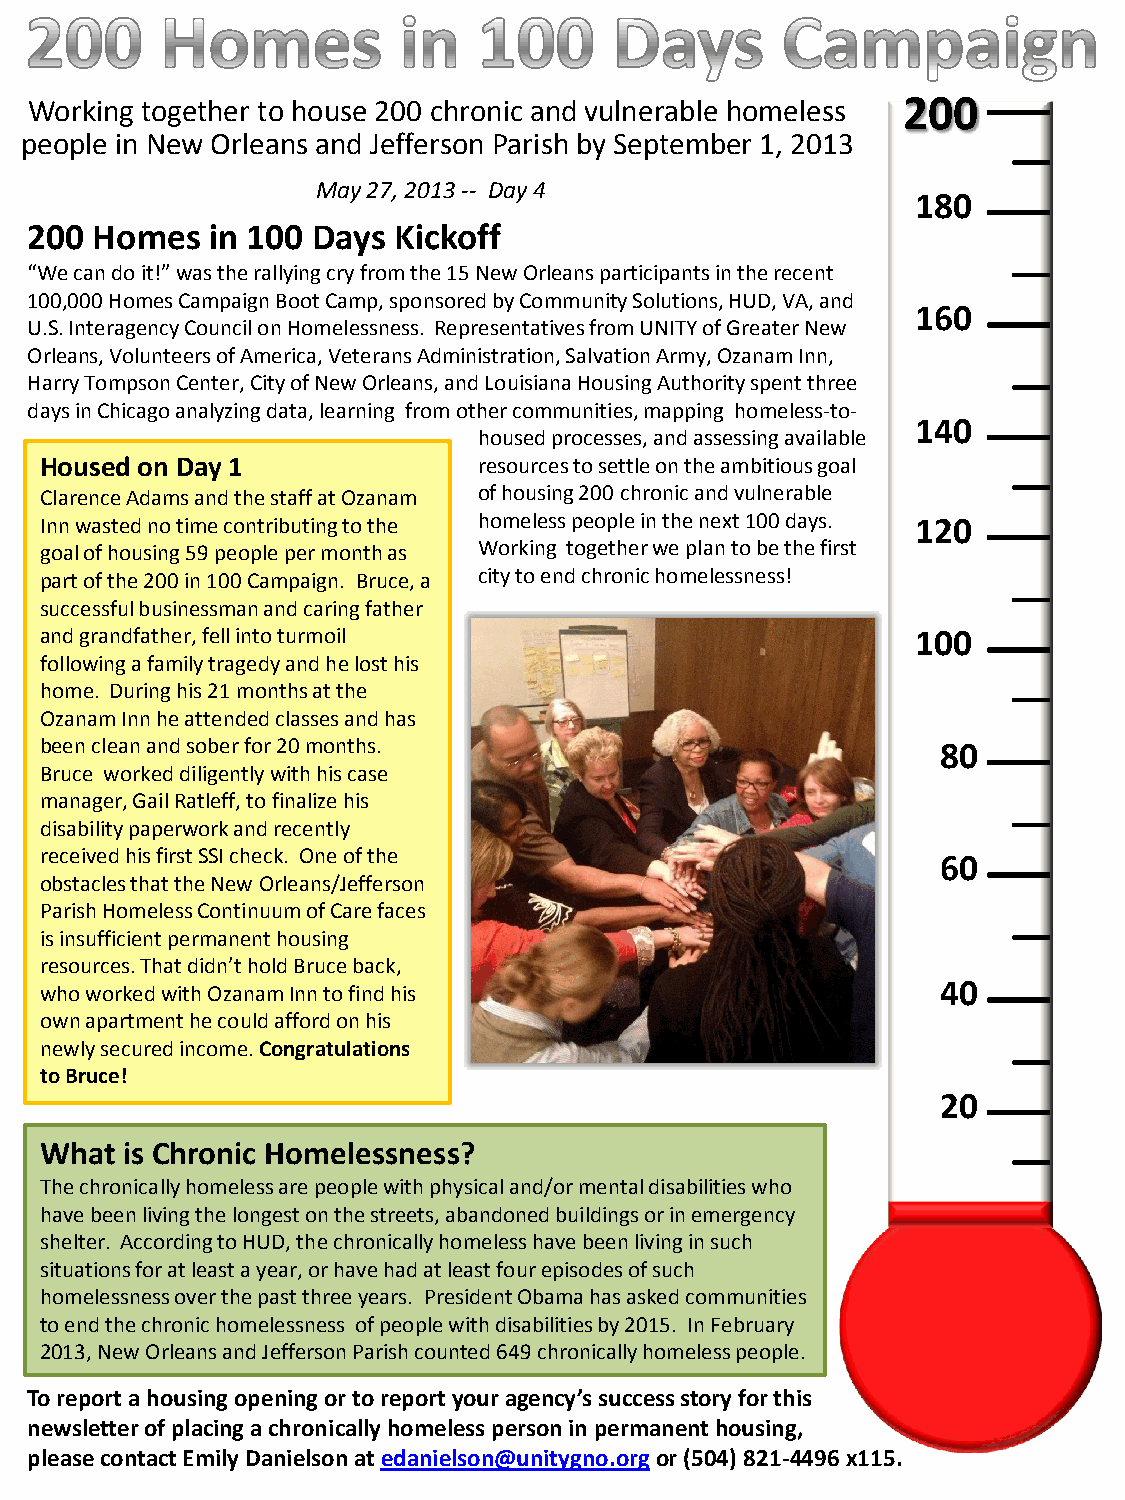
Working together to house 200 chronic and vulnerable homeless 200
 people in New Orleans and Jefferson Parish by September 1, 2013
 May 27, 2013 -- Day 4
 180
 200 Homes   in 100 Days Kickoff
 “We can do it!” was the rallying cry from the 15 New Orleans participants in the recent
 100,000 Homes Campaign Boot Camp, sponsored by Community Solutions, HUD, VA, and
 160
 U.S. Interagency Council on Homelessness. Representatives from UNITY of Greater New
 Orleans, Volunteers of America, Veterans Administration, Salvation Army, Ozanam Inn,
 Harry Tompson Center, City of New Orleans, and Louisiana Housing Authority spent three
 days in Chicago analyzing data, learning from other communities, mapping homeless-to-
 140
 housed processes, and assessing available
 Housed on D ay 1             resources to settle on the ambitious goal
 Clarence Adam s and the staff a t Ozanam of housing 200 chronic and vulnerable
 Inn wasted no t ime contributin g to the homeless people in the next 100 days. 120
 goal of housing 59 people per m onth as Working together we plan to be the first
 part of the 200 in 100 Campaig n. Bruce, a city to end chronic homelessness!
 successful businessman and caring father
 and grandfather, fell into turmoil                        100
 following a family tragedy and he lost his
 home. During his 21 months at the
 Ozanam Inn he attended classes and has
 been clean and sober for 20 months.                        80
 Bruce worked diligently with his case
 manager, Gail Ratleff, to finalize his
 disability paperwork and recently
 received his first SSI check. One of the PHOTO
 60
 obstacles that the New Orleans/Jefferson
 Parish Homeless Continuum of Care faces
 is insufficient permanent housing
 resources. That didn’t hold Bruce back,
 40
 who worked with Ozanam Inn to find his
 own apartment he could afford on his
 newly secured income. Congratulations
 to Bruce!
 20
 What is Chronic Homelessness?
 The chronically homeless are people with physical and/or mental disabilities who
 have been living the longest on the streets, abandoned buildings or in emergency
 shelter. According to HUD, the chronically homeless have been living in such
 situations for at least a year, or have had at least four episodes of such
 homelessness over the past three years. President Obama has asked communities
 to end the chronic homelessness of people with disabilities by 2015. In February
 2013, New Orleans and Jefferson Parish counted 649 chronically homeless people.
 To report a housing opening or to report your agency’s success story for this
 newsletter of placing a chronically homeless person in permanent housing,
 please contact Emily Danielson at edanielson@unitygno.org or (504) 821-4496 x115.